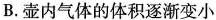
B.壶内气体的体积逐渐变小